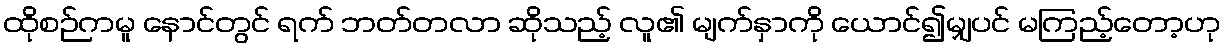
ထိုစဉ်ကမူ နောင်တွင် ရက် ဘတ်တလာ ဆိုသည့် လူ၏ မျက်နှာကို ယောင်၍မျှပင် မကြည့်တော့ဟု